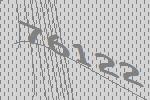
76122